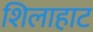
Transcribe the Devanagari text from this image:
शिलाहाट